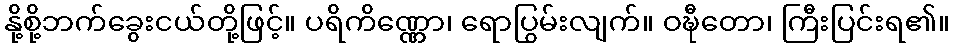
နို့စို့ဘက်ခွေးငယ်တို့ဖြင့်။ ပရိကိဏ္ဏော၊ ရောပြွမ်းလျက်။ ဝဍ္ဎီတော၊ ကြီးပြင်းရ၏။